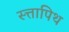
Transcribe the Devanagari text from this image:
स्त्तापिथ